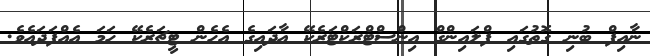
ނާއިފް ބުނި ގޮތުގައި ފްލައިންގް އިންސްޓްރަކްޓަރެކޭ އާދައިގެ އެހެން ޓީޗަރެކޭ ހަމަ އެއްފަދައެވެ.